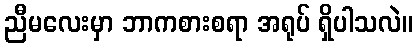
ညီမလေးမှာ ဘာကစားစရာ အရုပ် ရှိပါသလဲ။